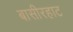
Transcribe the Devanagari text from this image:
बासीरहाट